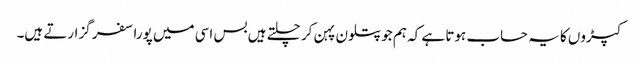
کپڑوں کا یہ حساب ہوتا ہے کہ ہم جو پتلون پہن کر چلتے ہیں بس اسی میں پورا سفر گزارتے ہیں۔